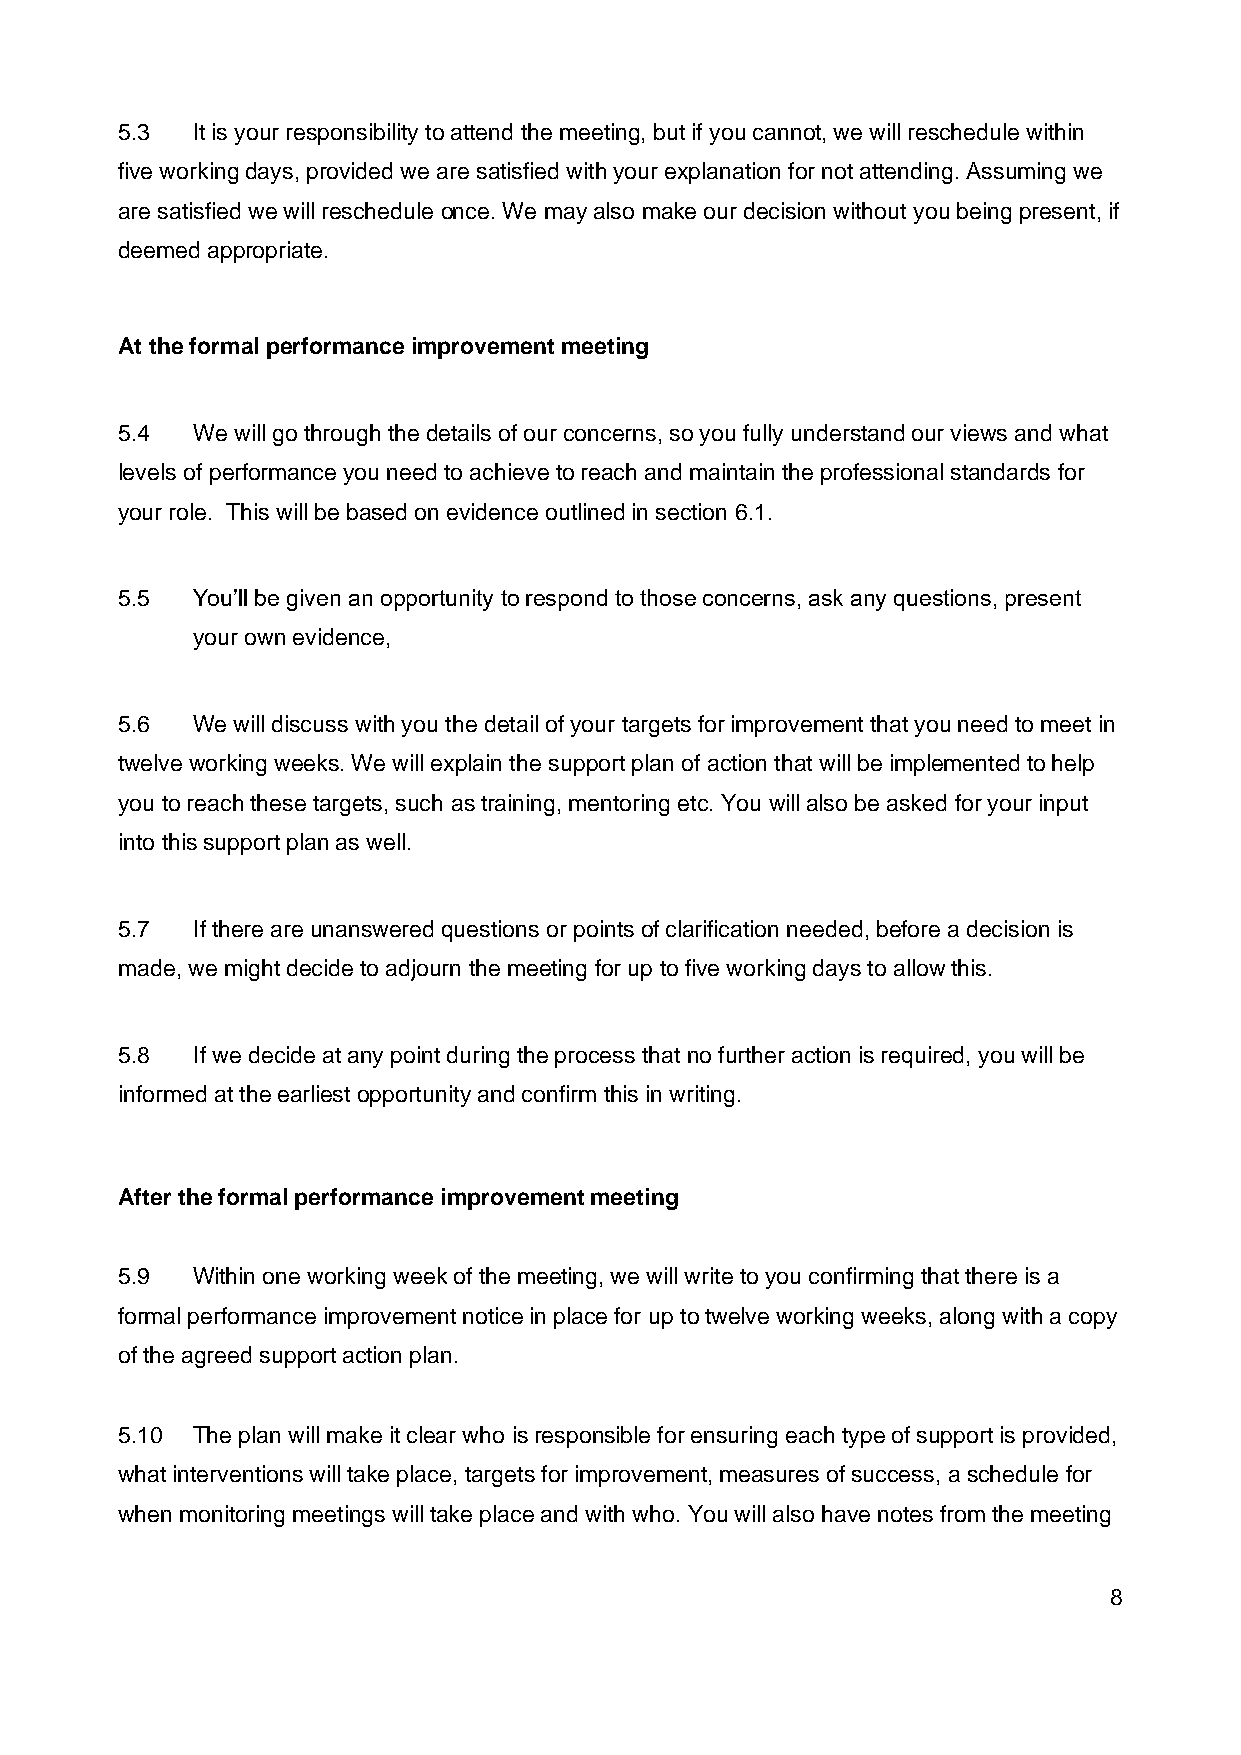
5.3  It is your responsibility to attend the meeting, but if you cannot, we will reschedule within
 five working days, provided we are satisfied with your explanation for not attending. Assuming we
 are satisfied we will reschedule once. We may also make our decision without you being present, if
 deemed appropriate.
 At the formal performance improvement meeting
 5.4  We will go through the details of our concerns, so you fully understand our views and what
 levels of performance you need to achieve to reach and maintain the professional standards for
 your role. This will be based on evidence outlined in section 6.1.
 5.5  You’ll be given an opportunity to respond to those concerns, ask any questions, present
 your own evidence,
 5.6  We will discuss with you the detail of your targets for improvement that you need to meet in
 twelve working weeks. We will explain the support plan of action that will be implemented to help
 you to reach these targets, such as training, mentoring etc. You will also be asked for your input
 into this support plan as well.
 5.7  If there are unanswered questions or points of clarification needed, before a decision is
 made, we might decide to adjourn the meeting for up to five working days to allow this.
 5.8  If we decide at any point during the process that no further action is required, you will be
 informed at the earliest opportunity and confirm this in writing.
 After the formal performance improvement meeting
 5.9  Within one working week of the meeting, we will write to you confirming that there is a
 formal performance improvement notice in place for up to twelve working weeks, along with a copy
 of the agreed support action plan.
 5.10 The plan will make it clear who is responsible for ensuring each type of support is provided,
 what interventions will take place, targets for improvement, measures of success, a schedule for
 when monitoring meetings will take place and with who. You will also have notes from the meeting
 8